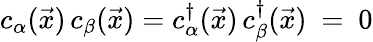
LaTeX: c_{\alpha}({\vec{x}})\, c_{\beta}({\vec{x}})=c_{\alpha}^{\dagger}({\vec{x}})\, c_{\beta}^{\dagger}({\vec{x}})~=~0